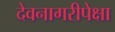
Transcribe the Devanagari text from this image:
देवनागरीपेक्षा